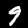
Label: 9